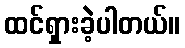
ထင်ရှားခဲ့ပါတယ်။